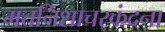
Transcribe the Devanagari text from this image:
मत्तनिशाचरकंदना